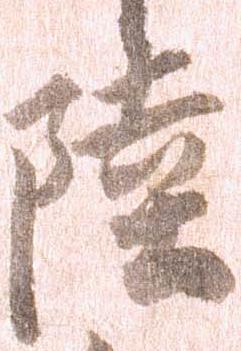
陸